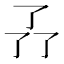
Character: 𠄕